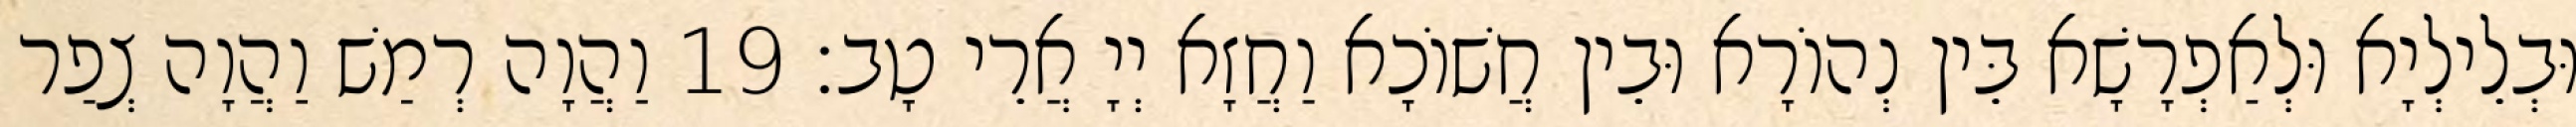
וּבְלֵילְיָא וּלְאַפְרָשָׁא בֵּין נְהוֹרָא וּבֵין חֲשׁוֹכָא וַחֲזָא יְיָ אֲרֵי טָב׃ 19 וַהֲוָה רְמַשׁ וַהֲוָה צְפַר